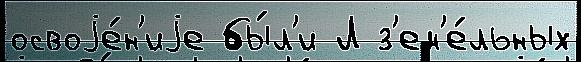
освоjе́н'иjе бы́л'и Л з'ем'е́льных